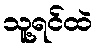
သူ့ရင်ထဲ